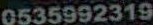
0535992319